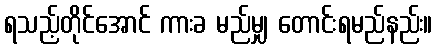
ရသည့်တိုင်အောင် ကားခ မည်မျှ တောင်းရမည်နည်း။